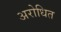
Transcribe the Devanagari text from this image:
अरोधित